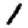
Digit: 1